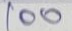
100